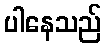
ပါနေသည်